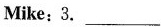
Mike: 3. ___